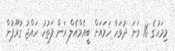
މިމަހުގެ 16 ވަނަ ދުވަހާ ހަމައަށް ބީއެމްއެލް އަށް ފަތުހު ހައްޖު ގުރޫޕުން